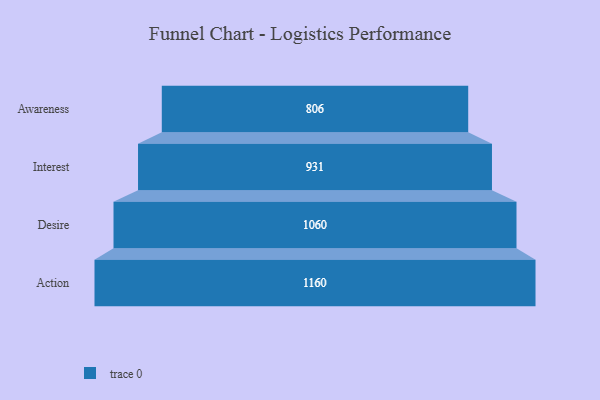
{"axis": {"x": "Stage", "y": "Value"}, "legend": [""], "data": [{"x": "Awareness", "y": 806.0, "type": ""}, {"x": "Interest", "y": 931.0, "type": ""}, {"x": "Desire", "y": 1060.0, "type": ""}, {"x": "Action", "y": 1160.0, "type": ""}]}